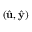
( \hat { \mathbf { u } } , \hat { \mathbf { y } } )